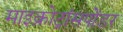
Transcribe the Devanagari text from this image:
माइक्रोट्रांसपोंडर